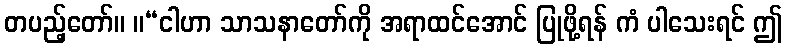
တပည့်တော်။ ။“ငါဟာ သာသနာတော်ကို အရာထင်အောင် ပြုဖို့ရန် ကံ ပါသေးရင် ဤ